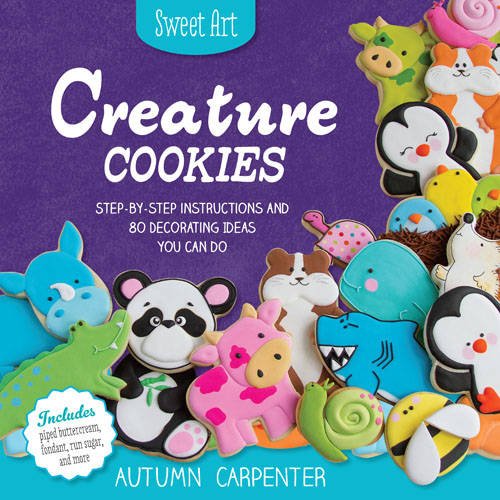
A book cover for Creature Cookies: Step-by-Step Instructions and 80 Decorating Ideas You Can Do (Sweet Art); Autumn Carpenter; Cookbooks, Food & Wine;